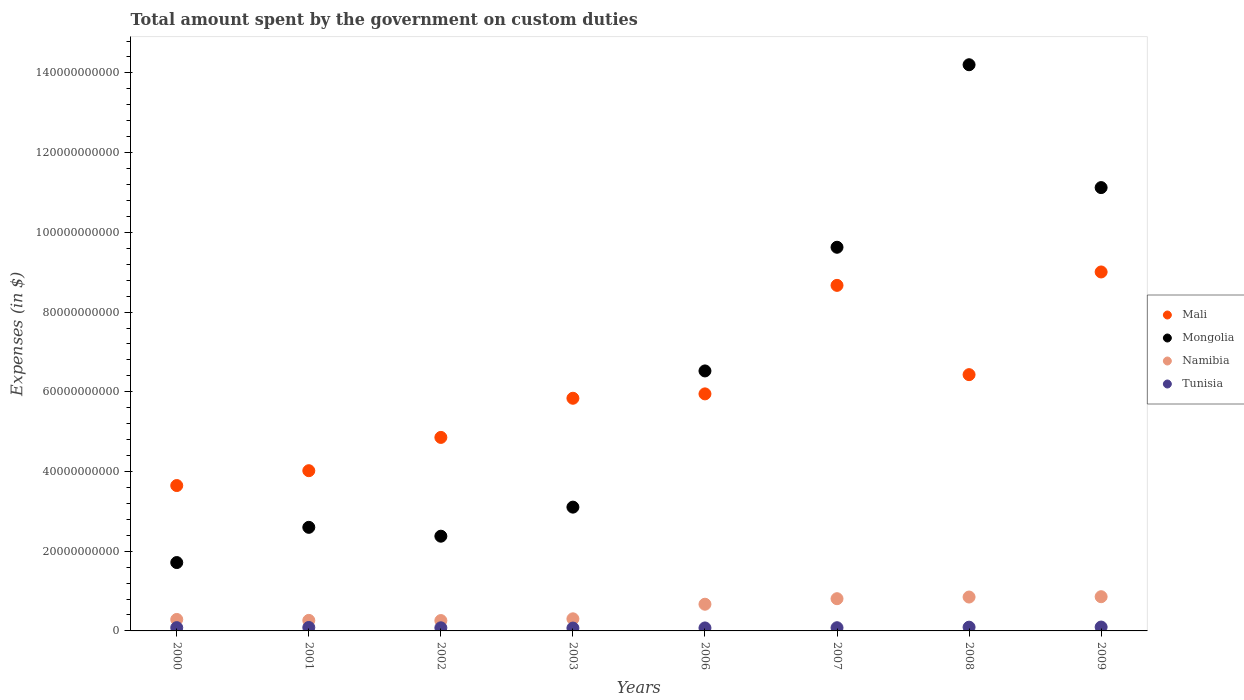
| Years | Mali | Mongolia | Namibia | Tunisia |
 | --- | --- | --- | --- | --- |
 | 2000 | 3.65e+10 | 1.72e+10 | 2.88e+09 | 8.22e+08 |
 | 2001 | 4.02e+10 | 2.6e+10 | 2.64e+09 | 8.66e+08 |
 | 2002 | 4.86e+10 | 2.38e+10 | 2.6e+09 | 7.81e+08 |
 | 2003 | 5.84e+10 | 3.11e+10 | 3.04e+09 | 7.17e+08 |
 | 2006 | 5.95e+10 | 6.52e+10 | 6.7e+09 | 7.47e+08 |
 | 2007 | 8.67e+10 | 9.63e+10 | 8.09e+09 | 8.04e+08 |
 | 2008 | 6.43e+10 | 1.42e+11 | 8.5e+09 | 9.4e+08 |
 | 2009 | 9.01e+10 | 1.11e+11 | 8.59e+09 | 9.72e+08 |